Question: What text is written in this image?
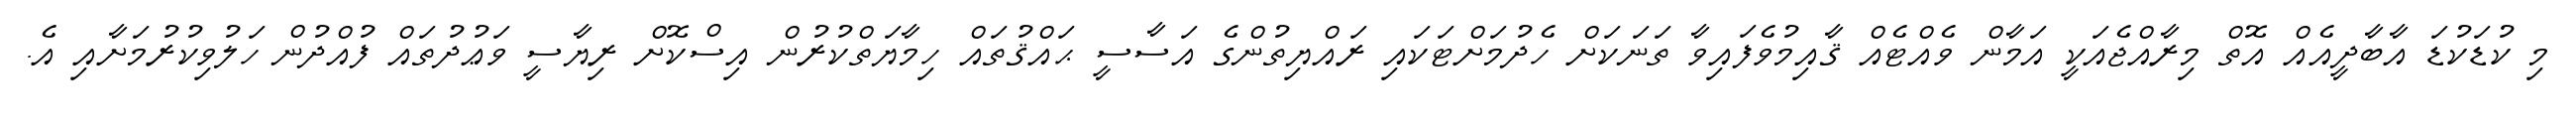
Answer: މި ކުޑަކުޑަ އާބާދީއެއް އޮތް މިރާއްޖެއަކީ އަމާން ވެއްޓެއް ޤާއިމުވެފައިވާ ތަނަކަށް ހެދުމަށްޓަކައި ރައްޔިތުންގެ އަސާސީ ޙައްޤުތައް ހިމާޔަތްކުރުން އިސްކޮށް ރިޔާސީ ވަޢުދުތައް ފުއްދުން ހަލުވިކުރުމަށާއި އެ.